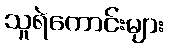
သူရဲကောင်းများ